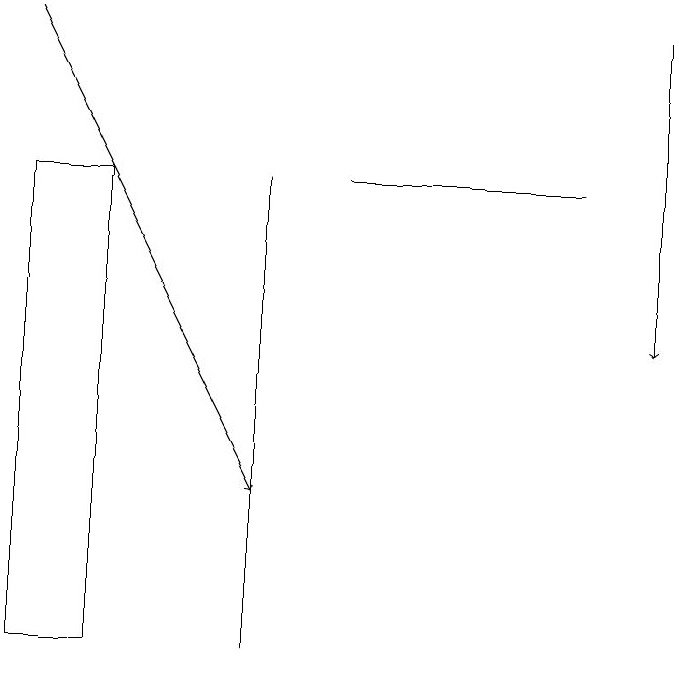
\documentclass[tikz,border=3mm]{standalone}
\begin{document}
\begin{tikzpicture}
\draw (4,17) rectangle (4,11);
\draw (1,11) rectangle (2,17);
\draw[->] (1,19) -- (4,13);
\draw[->] (9,19) -- (9,15);
\draw (5,17) rectangle (8,17);
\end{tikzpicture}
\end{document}